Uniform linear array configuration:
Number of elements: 8
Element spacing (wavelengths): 1
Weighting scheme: kaiser
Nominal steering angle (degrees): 60
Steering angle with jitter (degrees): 61.698
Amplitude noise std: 0.05
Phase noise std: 0.05

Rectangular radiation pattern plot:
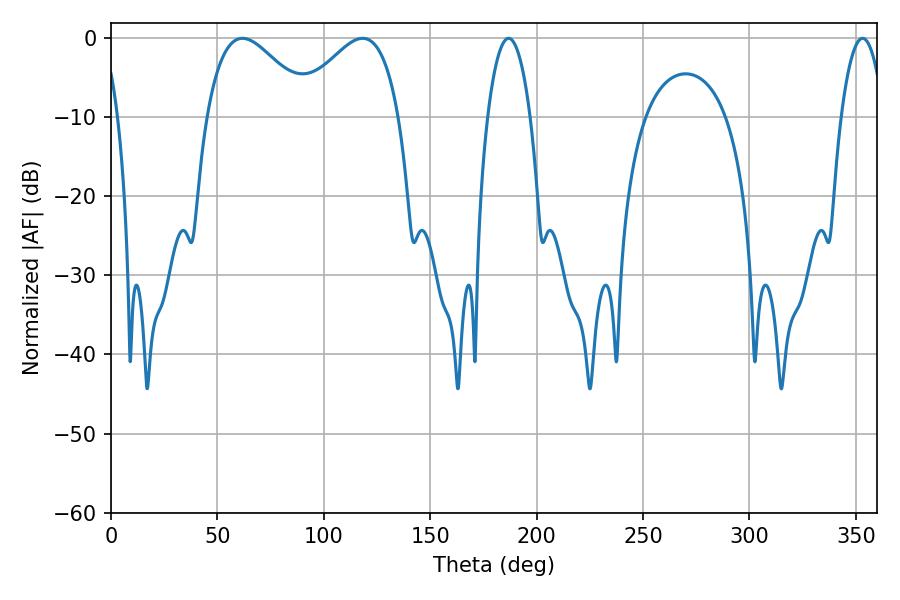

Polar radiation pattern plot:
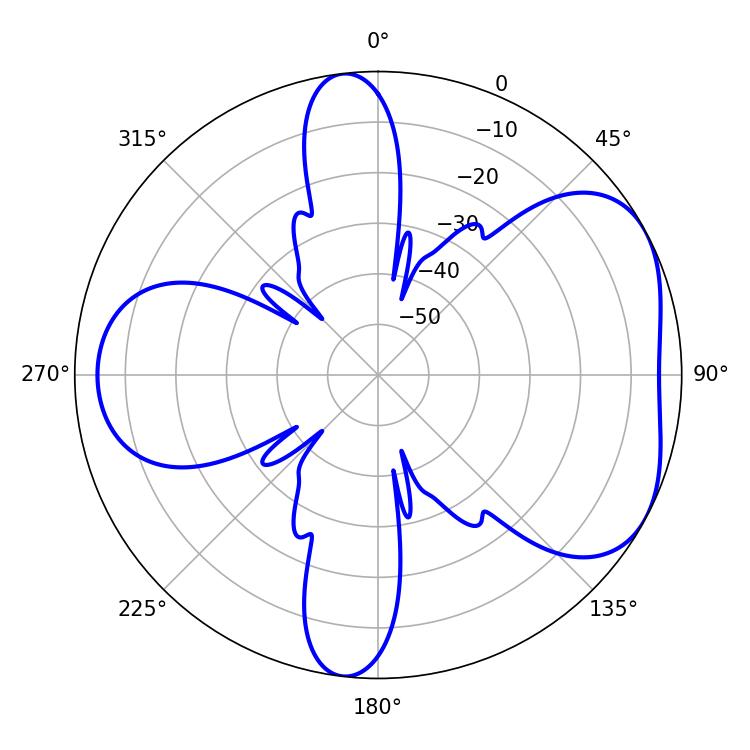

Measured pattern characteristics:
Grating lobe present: TRUE
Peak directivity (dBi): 4.881
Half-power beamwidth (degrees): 11.16
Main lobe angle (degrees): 186.84